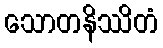
သောတနိဿိတံ